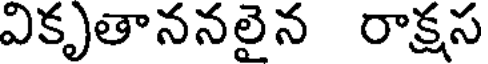
వికృతాననలైన రాక్షస